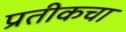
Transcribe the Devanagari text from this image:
प्रतीकचा